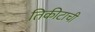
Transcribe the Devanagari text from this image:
तिकीटाची